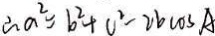
\therefore a ^ { 2 } = b ^ { 2 } + c ^ { 2 } - 2 b \cos A